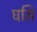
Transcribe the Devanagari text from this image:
घसि